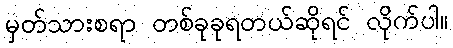
မှတ်သားစရာ တစ်ခုခုရတယ်ဆိုရင် လိုက်ပါ။